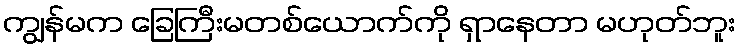
ကျွန်မက ခြေကြီးမတစ်ယောက်ကို ရှာနေတာ မဟုတ်ဘူး